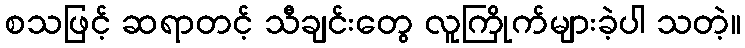
စသဖြင့် ဆရာတင့် သီချင်းတွေ လူကြိုက်များခဲ့ပါ သတဲ့။